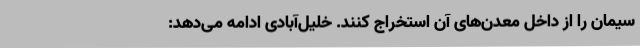
سیمان را از داخل معدن‌های آن استخراج کنند. خلیل‌آبادی ادامه می‌دهد: